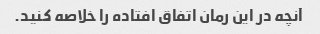
آنچه در این رمان اتفاق افتاده را خلاصه کنید.